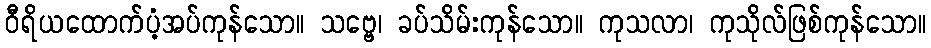
ဝီရိယထောက်ပံ့အပ်ကုန်သော။ သဗ္ဗေ၊ ခပ်သိမ်းကုန်သော။ ကုသလာ၊ ကုသိုလ်ဖြစ်ကုန်သော။